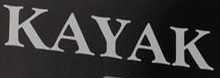
KAYAK